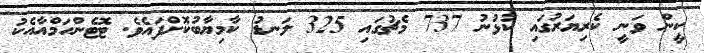
ކީން ވަނީ ކެރިޔަރުގައި ކުޅުނު 737 މެޗުގައި 325 ލަނޑު ކާމިޔާބުކޮށްފައެވެ. ޓޮޓެންހަމްއާއެކު